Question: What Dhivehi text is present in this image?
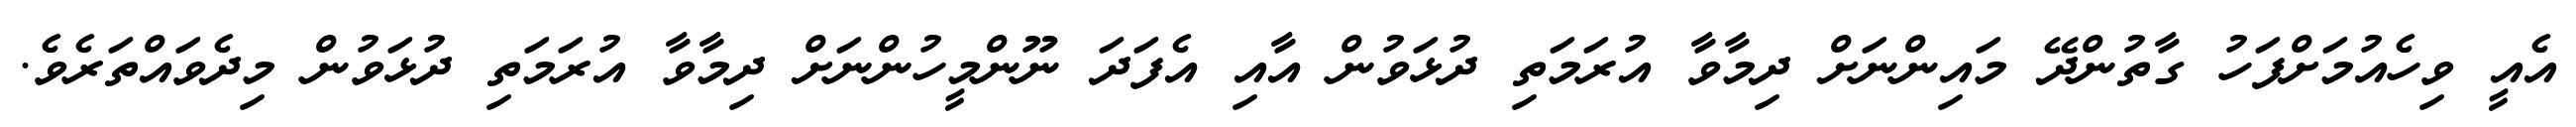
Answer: އެއީ ވިހެއުމަށްފަހު ގާތުންދޭ މައިންނަށް ދިމާވާ އުރަމަތި ދުޅަވުން އާއި އެފަދަ ނޫންމީހުންނަށް ދިމާވާ އުރަމަތި ދުޅަވުން މިދެވައްތަރެވެ.